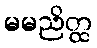
မမညိတ္ထ